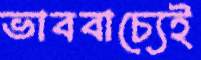
ভাববাচ্যেই